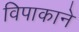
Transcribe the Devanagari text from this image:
विपाकाने